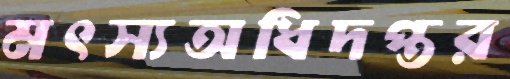
মৎস্যঅধিদপ্তর